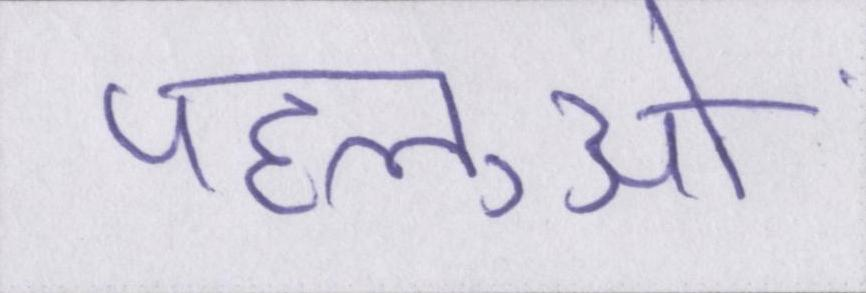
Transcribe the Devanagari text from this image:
पहलुओं